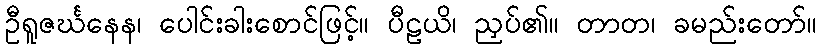
ဦရူဇင်္ဃနေန၊ ပေါင်းခါးစောင်ဖြင့်။ ပီဠယိ၊ ညှပ်၏။ တာတ၊ ခမည်းတော်။